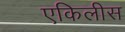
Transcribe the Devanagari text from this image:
एकिलीस